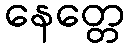
နေတ္တေ